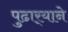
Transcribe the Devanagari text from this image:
पुढार्‍याने